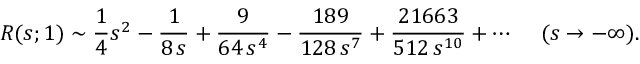
R ( s ; 1 ) \sim { \frac { 1 } { 4 } } s ^ { 2 } - { \frac { 1 } { 8 \, s } } + { \frac { 9 } { 6 4 \, s ^ { 4 } } } - { \frac { 1 8 9 } { 1 2 8 \, s ^ { 7 } } } + { \frac { 2 1 6 6 3 } { 5 1 2 \, s ^ { 1 0 } } } + \cdots \, \ \ \ ( s \rightarrow - \infty ) .